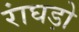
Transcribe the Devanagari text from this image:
रांघड़ो